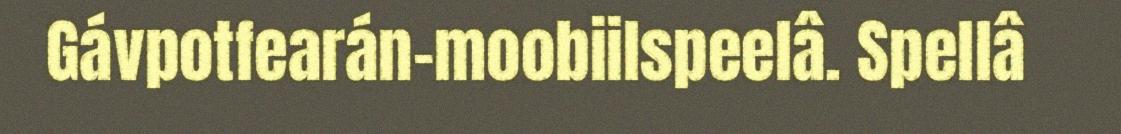
Gávpotfearán-moobiilspeelâ. Spellâ